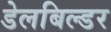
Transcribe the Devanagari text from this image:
डेलबिल्डर